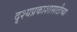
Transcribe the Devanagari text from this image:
दृश्यप्रकाशासाठीच्या